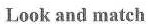
Look and match